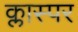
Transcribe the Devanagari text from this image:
क्लास्पर